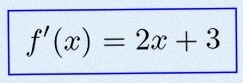
f'(x)=2x+3